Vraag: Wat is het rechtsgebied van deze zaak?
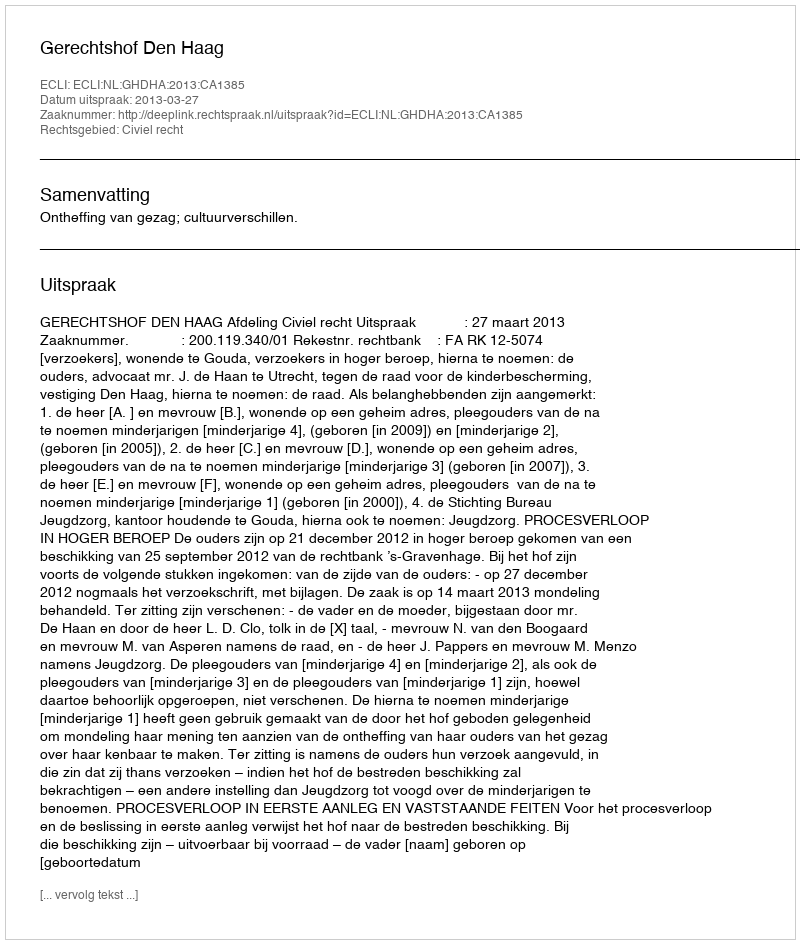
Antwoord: Civiel recht